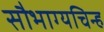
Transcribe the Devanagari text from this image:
सौभाग्यचिन्ह